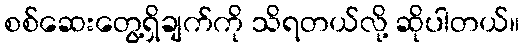
စစ်ဆေးတွေ့ရှိချက်ကို သိရတယ်လို့ ဆိုပါတယ်။